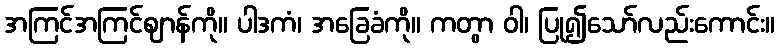
အကြင်အကြင်ဈာန်ကို။ ပါဒကံ၊ အခြေခံကို။ ကတွာ ဝါ၊ ပြု၍သော်လည်းကောင်း။